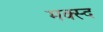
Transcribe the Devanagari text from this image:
मक्स्द